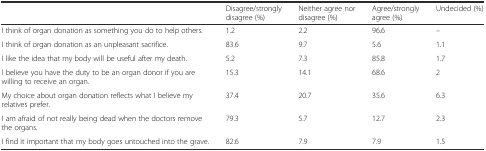
<table><thead><tr><td></td><td><b>Disagree/strongly disagree (%)</b></td><td><b>Neither agree nor disagree (%)</b></td><td><b>Agree/strongly agree (%)</b></td><td><b>Undecided (%)</b></td></tr></thead><tbody><tr><td>I think of organ donation as something you do to help others.</td><td>1.2</td><td>2.2</td><td>96.6</td><td>–</td></tr><tr><td>I think of organ donation as an unpleasant sacrifice.</td><td>83.6</td><td>9.7</td><td>5.6</td><td>1.1</td></tr><tr><td>I like the idea that my body will be useful after my death.</td><td>5.2</td><td>7.3</td><td>85.8</td><td>1.7</td></tr><tr><td>I believe you have the duty to be an organ donor if you are willing to receive an organ.</td><td>15.3</td><td>14.1</td><td>68.6</td><td>2</td></tr><tr><td>My choice about organ donation reflects what I believe my relatives prefer.</td><td>37.4</td><td>20.7</td><td>35.6</td><td>6.3</td></tr><tr><td>I am afraid of not really being dead when the doctors remove the organs.</td><td>79.3</td><td>5.7</td><td>12.7</td><td>2.3</td></tr><tr><td>I find it important that my body goes untouched into the grave.</td><td>82.6</td><td>7.9</td><td>7.9</td><td>1.5</td></tr></tbody></table>